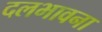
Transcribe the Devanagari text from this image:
दलभावना